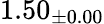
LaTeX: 1.50_{\pm 0.00}